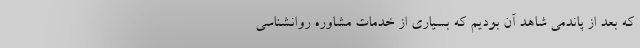
که بعد از پاندمی شاهد آن بودیم که بسیاری از خدمات مشاوره روانشناسی